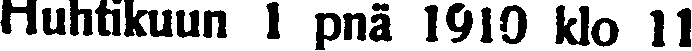
Huhtikuun 1 pnä 1910 klo 11